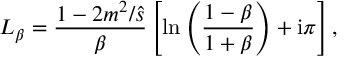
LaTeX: L _ { \beta } = \frac { 1 - 2 m ^ { 2 } / \hat { s } } { \beta } \left[ \ln \left( \frac { 1 - \beta } { 1 + \beta } \right) + \mathrm { i } \pi \right] ,